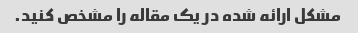
مشکل ارائه شده در یک مقاله را مشخص کنید.